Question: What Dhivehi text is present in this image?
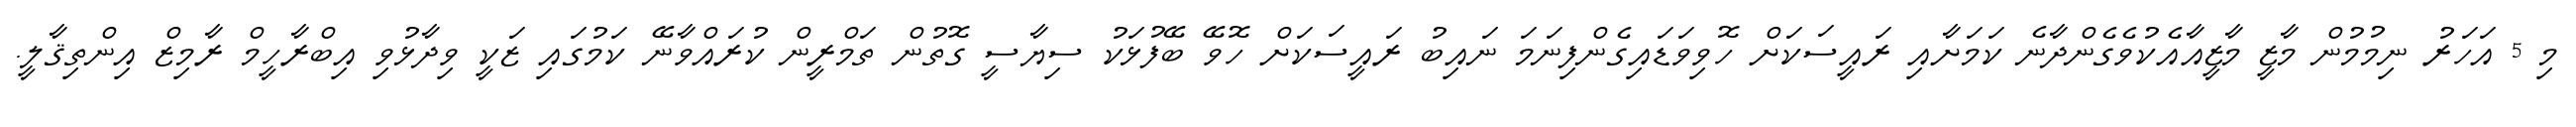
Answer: މި 5 އަހަރު ނިމުމުން މާޒީ މާޒީއާއެކުވެގެންދާނެ ކަމަށާއި ރައީސަކަށް ހޮވިވަޑައިގެންފިނަމަ ނައިބު ރައީސަކަށް ހޮވޭ ބޭފުޅަކު ސިޔާސީ ގޮތުން ތަމްރީން ކުރައްވާނޭ ކަމުގައި ޒަކީ ވިދާޅުވި އިބްރާހީމް ރާމިޒް އިންތިޤާލީ.